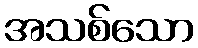
အသစ်သော